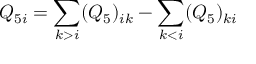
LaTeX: Q _ { 5 i } = \sum _ { k > i } ( Q _ { 5 } ) _ { i k } - \sum _ { k < i } ( Q _ { 5 } ) _ { k i }